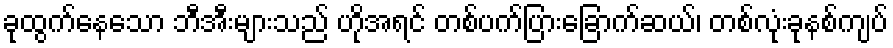
ခုထွက်နေသော ဘီအီးများသည် ဟိုအရင် တစ်ပက်ပြားခြောက်ဆယ်၊ တစ်လုံးခုနစ်ကျပ်